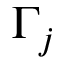
\Gamma _ { j }